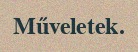
Műveletek.